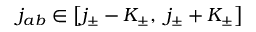
j _ { a b } \in \left[ j _ { \pm } - K _ { \pm } , \ j _ { \pm } + K _ { \pm } \right]